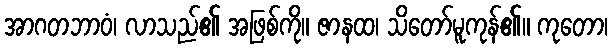
အာဂတဘာဝံ၊ လာသည်၏ အဖြစ်ကို။ ဇာနထ၊ သိတော်မူကုန်၏။ ကုတော၊